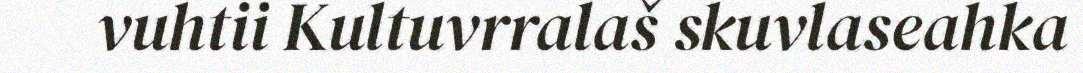
vuhtii Kultuvrralaš skuvlaseahka